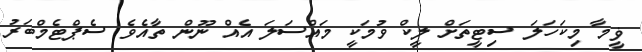
ޥީމާ މިކަހަލަ ސިޓީތަށް ލީކް ވުމަކީ މައްސަލަ އެއް ނޫން ތާއެވެ ސެޕްޓެމްބަރު